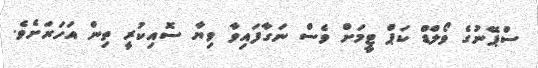
ސްޕޭނުގެ ވޯލްޑް ކަޕް ޓީމަށް ވެސް ނަގާފައިވާ ވިޔާ ސޮއިކުރީ ތިން އަހަރަށެވެ.